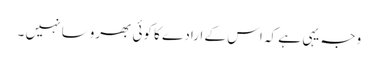
وجہ یہی ہے کہ اس کے ارادے کا کوئی بھروسا نہیں ۔